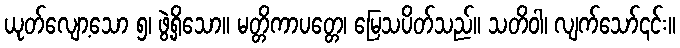
ယုတ်လျော့သော ၅၊ ဖွဲ့ရှိသော။ မတ္တိကာပတ္တေ၊ မြေသပိတ်သည်။ သတိဝါ၊ လျက်သော်၎င်း။